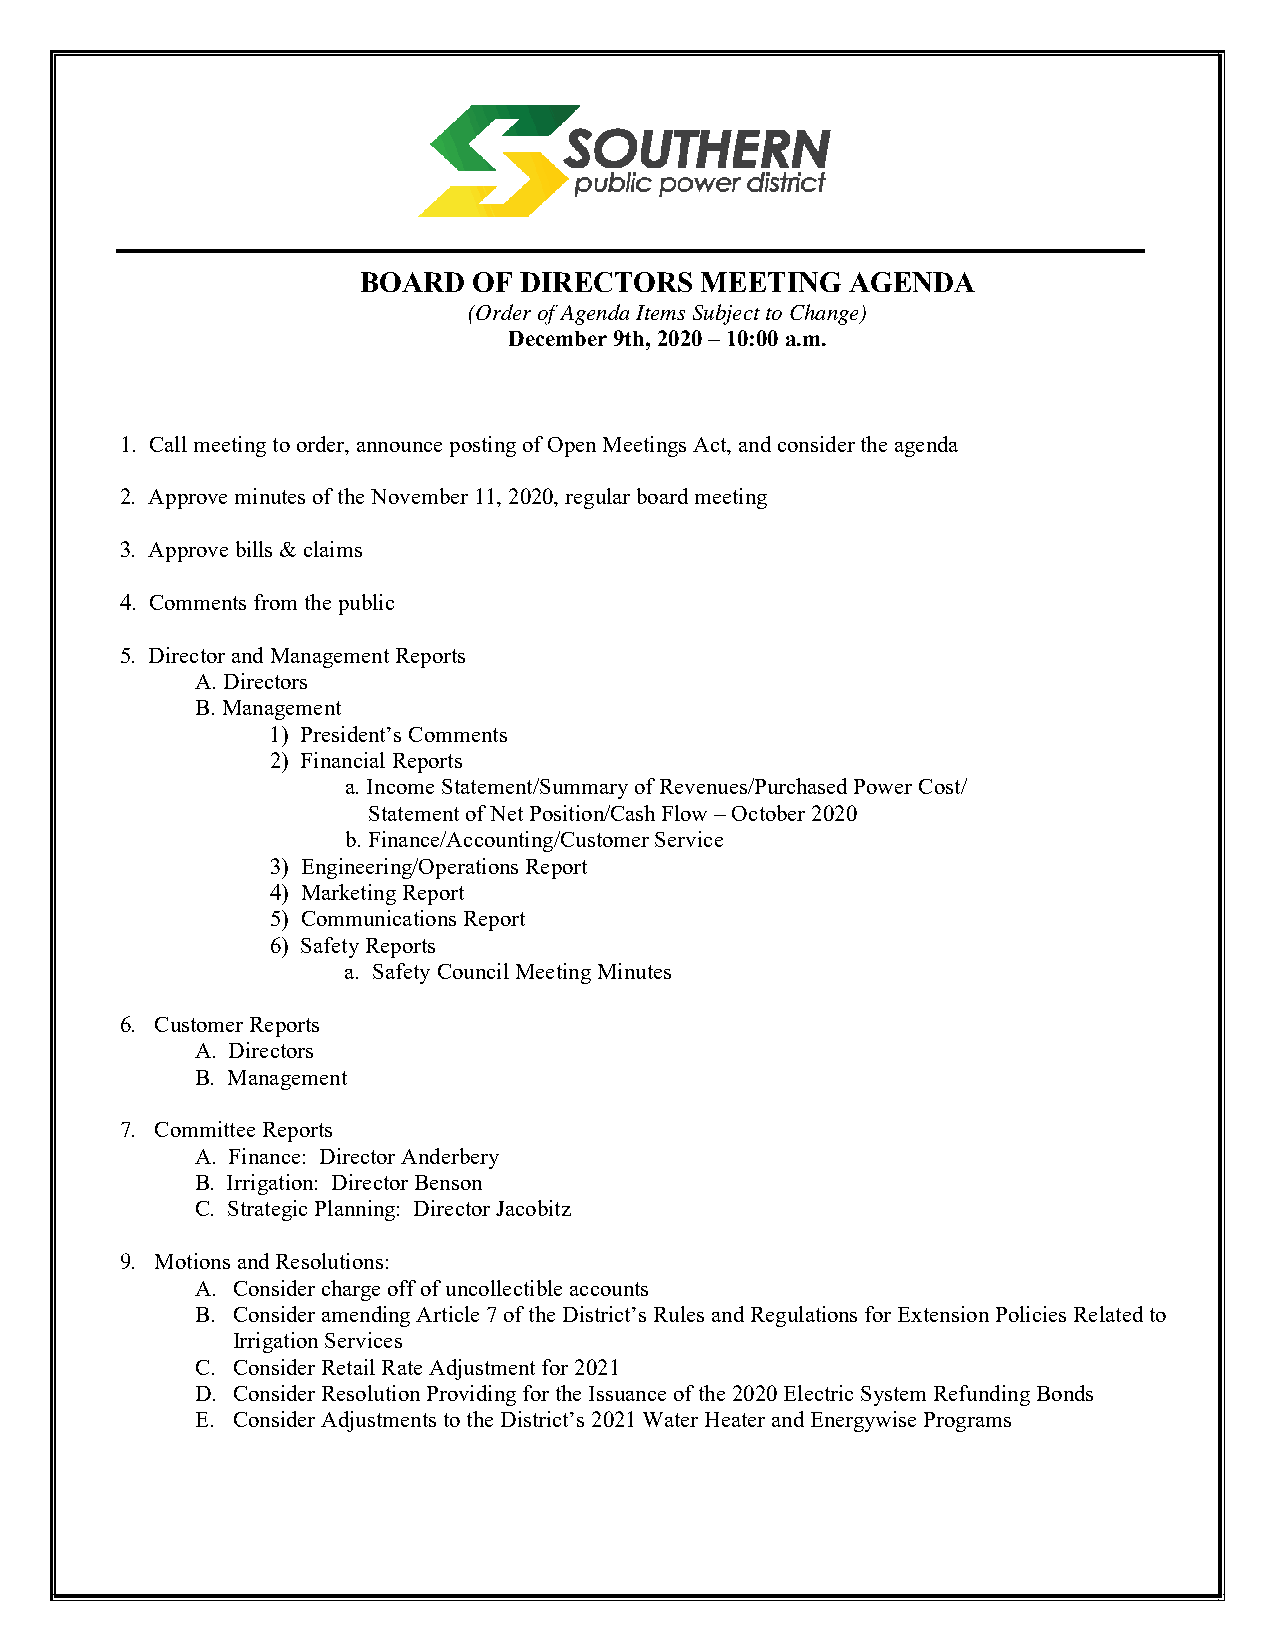
BOARD  OF DIRECTORS   MEETING   AGENDA
 (Order of Agenda Items Subject to Change)
 December 9th, 2020 – 10:00 a.m.
 1. Call meeting to order, announce posting of Open Meetings Act, and consider the agenda
 2. Approve minutes of the November 11, 2020, regular board meeting
 3. Approve bills & claims
 4. Comments from the public
 5. Director and Management Reports
 A. Directors
 B. Management
 1) President’s Comments
 2) Financial Reports
 a. Income Statement/Summary of Revenues/Purchased Power Cost/
 Statement of Net Position/Cash Flow – October 2020
 b. Finance/Accounting/Customer Service
 3) Engineering/Operations Report
 4) Marketing Report
 5) Communications Report
 6) Safety Reports
 a. Safety Council Meeting Minutes
 6. Customer Reports
 A. Directors
 B. Management
 7. Committee Reports
 A. Finance: Director Anderbery
 B. Irrigation: Director Benson
 C. Strategic Planning: Director Jacobitz
 9. Motions and Resolutions:
 A. Consider charge off of uncollectible accounts
 B. Consider amending Article 7 of the District’s Rules and Regulations for Extension Policies Related to
 Irrigation Services
 C. Consider Retail Rate Adjustment for 2021
 D. Consider Resolution Providing for the Issuance of the 2020 Electric System Refunding Bonds
 E. Consider Adjustments to the District’s 2021 Water Heater and Energywise Programs